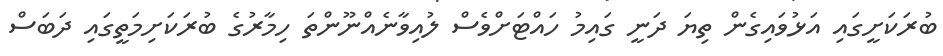
ބުރަކަށީގައި އަޅުވައިގެން ތިޔަ ދަނީ ގައިމު ހައްޓަށްވެސް ލުއިވާނެއްނޫންތަ ހިމާރުގެ ބުރަކަށިމަތީގައި ދަބަސް